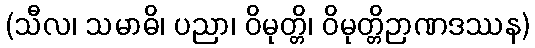
(သီလ၊ သမာဓိ၊ ပညာ၊ ဝိမုတ္တိ၊ ဝိမုတ္တိဉာဏဒဿန)